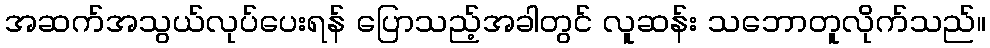
အဆက်အသွယ်လုပ်ပေးရန် ပြောသည့်အခါတွင် လူဆန်း သဘောတူလိုက်သည်။